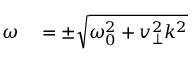
\begin{array} { r l } { \omega } & { { } = \pm \sqrt { \omega _ { 0 } ^ { 2 } + v _ { \perp } ^ { 2 } k ^ { 2 } } } \end{array}